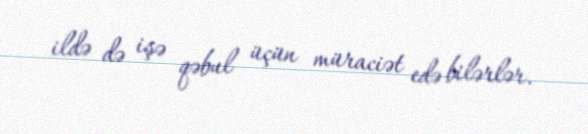
ildə də işə qəbul üçün müraciət edə bilərlər.